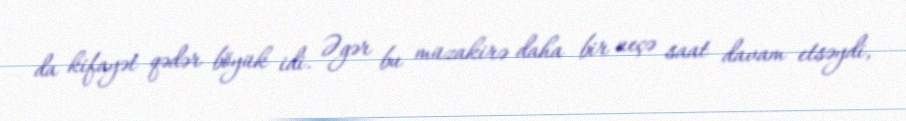
da kifayət qədər böyük idi. Əgər bu müzakirə daha bir neçə saat davam etsəydi,